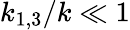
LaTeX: k_{1,3}/k\ll 1